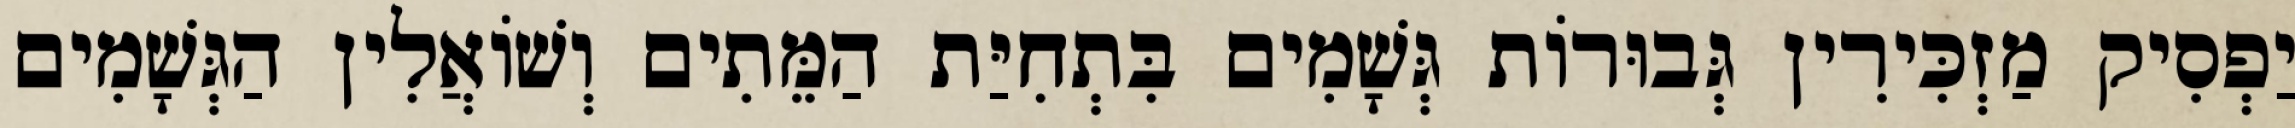
יַפְסִיק מַזְכִּירִין גְּבוּרוֹת גְּשָׁמִים בִּתְחִיַּת הַמֵּתִים וְשׁוֹאֲלִין הַגְּשָׁמִים